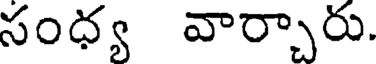
సంధ్య వార్చారు.